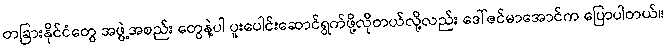
တခြားနိုင်ငံတွေ အဖွဲ့အစည်း တွေနဲ့ပါ ပူးပေါင်းဆောင်ရွက်ဖို့လိုတယ်လို့လည်း ဒေါ်ဇင်မာအောင်က ပြောပါတယ်။